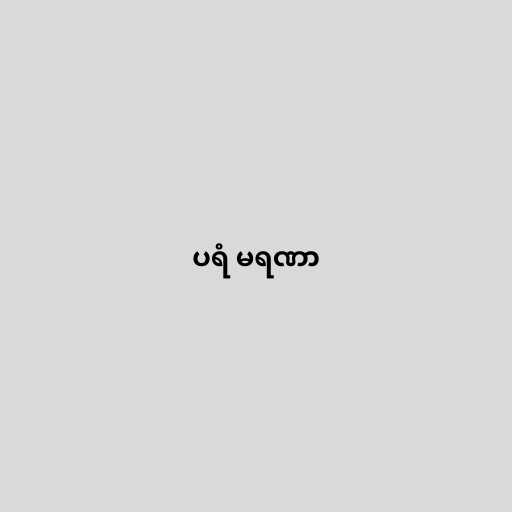
ပရံ မရဏာ